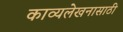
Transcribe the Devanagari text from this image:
काव्यलेखनासाठी